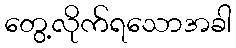
တွေ့လိုက်ရသောအခါ